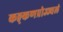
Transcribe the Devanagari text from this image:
कङ्कणप्रोज्ज्वलं